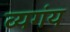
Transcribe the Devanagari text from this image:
व्यगंय